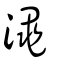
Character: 澠